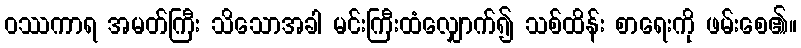
ဝဿကာရ အမတ်ကြီး သိသောအခါ မင်းကြီးထံလျှောက်၍ သစ်ထိန်း စာရေးကို ဖမ်းစေ၏။